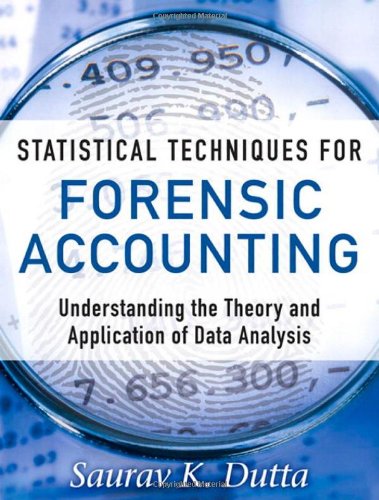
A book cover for Statistical Techniques for Forensic Accounting: Understanding the Theory and Application of Data Analysis; Saurav K. Dutta; Computers & Technology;